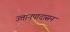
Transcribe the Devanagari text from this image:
उत्तानपादासन